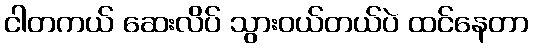
ငါတကယ် ဆေးလိပ် သွားဝယ်တယ်ပဲ ထင်နေတာ